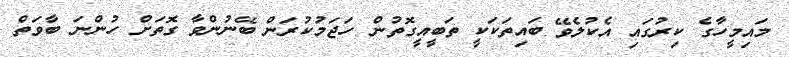
މައިމީހާގެ ކިރުގައި އެކުލެވޭ ބައިތަކަކީ ތަބީއީގޮތުން ހަޖަމުކުރަން ބޭނުންވާ ގޮތަށް ހުންނަ ބާވަތް